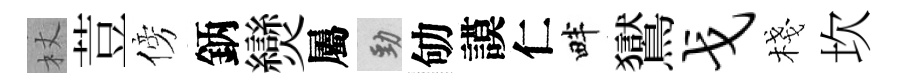
杖荳傍鈵𤓖屬勁劬謨仁畔鸑戈棧坎